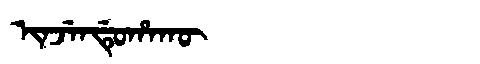
Manchu: ᡳᠨᠵᡝᠨᡩᡠᡥᠠᡴᡡ
Romanization: INJENDUHAKŪ